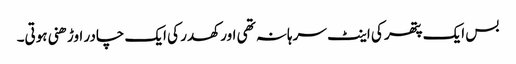
بس ایک پتھر کی اینٹ سرہانہ تھی اور کھدر کی ایک چادر اوڑھنی ہوتی۔